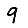
Digit: 9